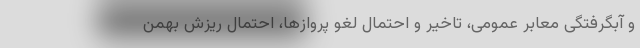
و آبگرفتگی معابر عمومی، تاخیر و احتمال لغو پروازها، احتمال ریزش بهمن